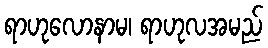
ရာဟုလောနာမ၊ ရာဟုလအမည်